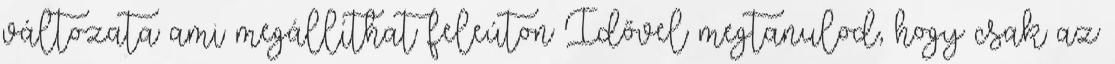
változata ami megállíthat feleúton Idővel megtanulod, hogy csak az